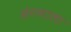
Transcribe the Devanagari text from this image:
संगमाला